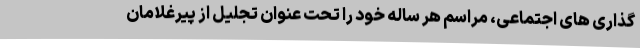
گذاری های اجتماعی، مراسم هر ساله خود را تحت عنوان تجلیل از پیرغلامان